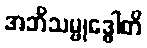
အဘိသမ္ဗုဒ္ဓေါတိ